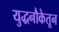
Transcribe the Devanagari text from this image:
युद्धनौकेतून